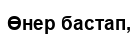
Өнер бастап,